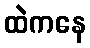
ထဲကနေ